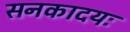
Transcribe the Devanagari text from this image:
सनकादयः